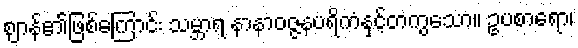
ဈာန်၏ဖြစ်ကြောင်း သမ္ဘာရ နာနာဝဇ္ဇနပရိကံနှင့်တကွသော။ ဥပစာရော၊